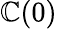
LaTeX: \mathbb{C}(0)